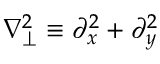
\nabla _ { \perp } ^ { 2 } \equiv \partial _ { x } ^ { 2 } + \partial _ { y } ^ { 2 }